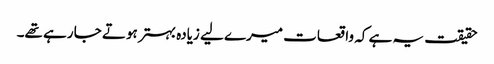
حقیقت یہ ہے کہ واقعات میرے لیے زیادہ بہتر ہوتے جا رہے تھے۔